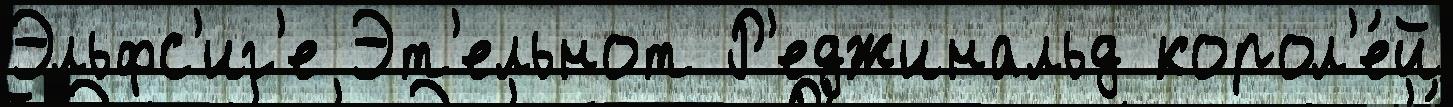
Эльфс'иг'е Эт'ельнот Р'еджинальд корол'е́й